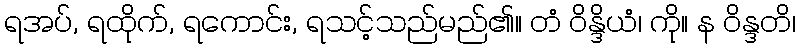
ရအပ်, ရထိုက်, ရကောင်း, ရသင့်သည်မည်၏။ တံ ဝိန္ဒိယံ၊ ကို။ န ဝိန္ဒတိ၊